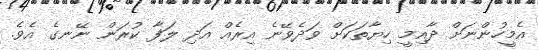
އެމީހުންނަށް ދާއިމީ ހިޔާތަކަށް ވަދެވޭނެ އިރެއް އަދި ލަފާ ކުރަން ނޭނގެ އެވެ.